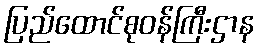
ပြည်ထောင်စုဝန်ကြီးဌာန